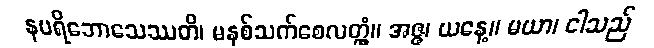
နပရိဘောသေဿတိ၊ မနှစ်သက်စေလတ္တံ့။ အဇ္ဇ၊ ယနေ့။ မယာ၊ ငါသည်